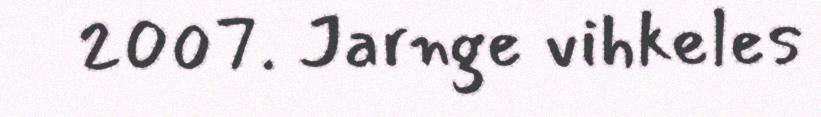
2007. Jarnge vihkeles